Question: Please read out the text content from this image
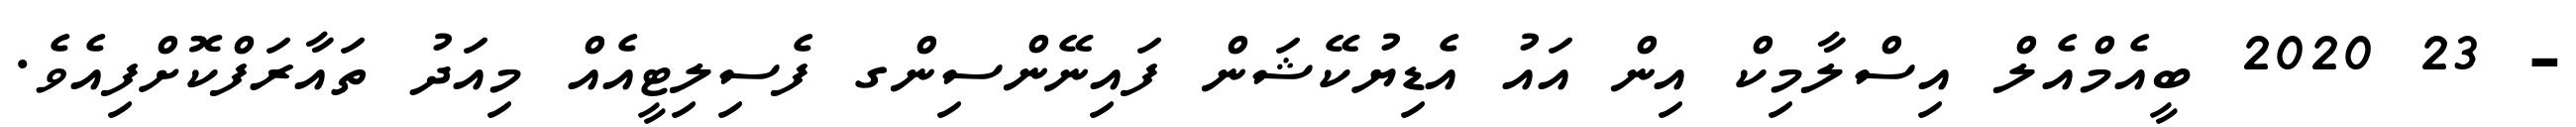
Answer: - 23 2020 ބީއެމްއެލް އިސްލާމިކް އިން އައު އެޑިޔުކޭޝަން ފައިނޭންސިންގ ފެސިލިޓީއެއް މިއަދު ތައާރަފްކޮށްފިއެވެ.